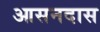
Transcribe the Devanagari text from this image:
आसनदास